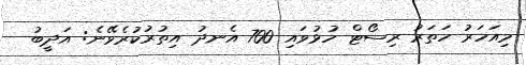
މިއަހަރު ހަތަރު ރިސޯޓް ހުޅުވައި 700 އެނދު އިތުރުކުރެވޭނެ: އަދީބު